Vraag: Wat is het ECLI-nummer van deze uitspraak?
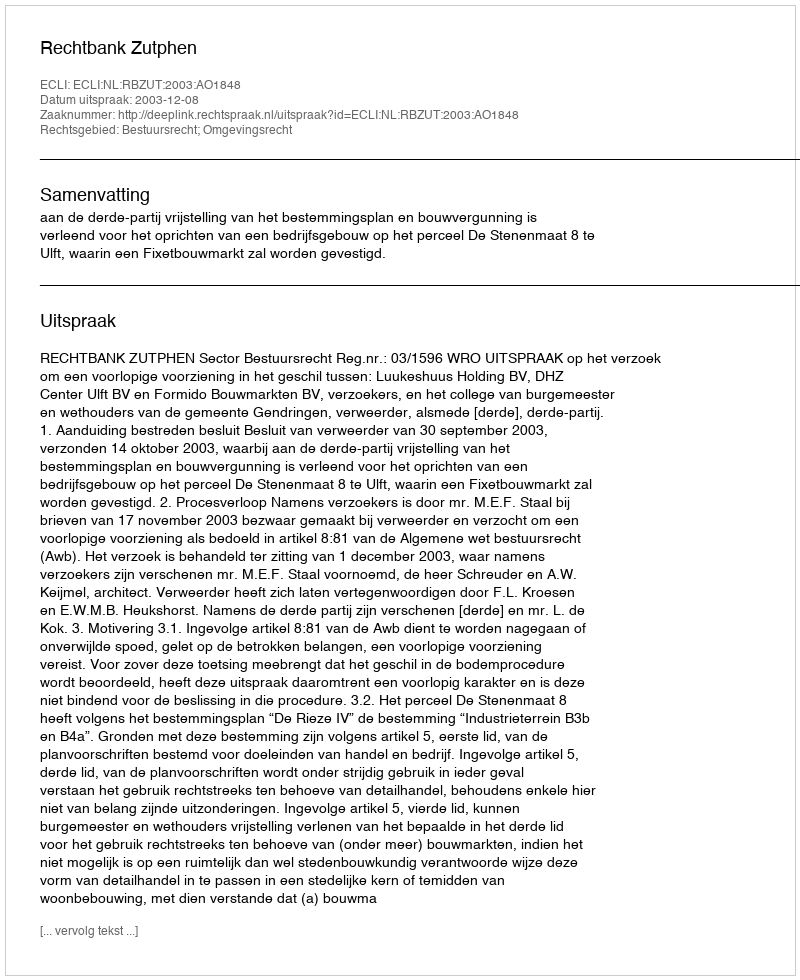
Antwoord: ECLI:NL:RBZUT:2003:AO1848